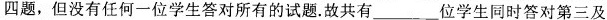
四题，但没有任何一位学生答对所有的试题。故共有_____位学生同时答对第三及